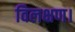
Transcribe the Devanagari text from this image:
विलक्षण।